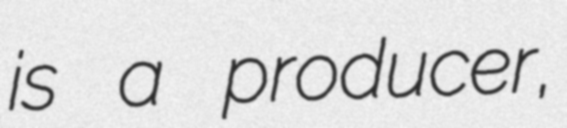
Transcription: is a producer,